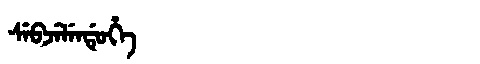
Manchu: ᠰᡝᠪᠵᡝᠯᡝᠨᡩᡠᡥᡝ
Romanization: SEBJELENDUHE